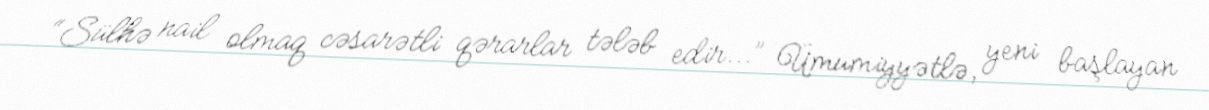
“Sülhə nail olmaq cəsarətli qərarlar tələb edir...” Ümumiyyətlə, yeni başlayan